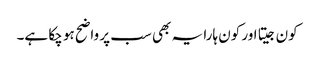
کون جیتا اور کون ہارا یہ بھی سب پر واضح ہو چکا ہے۔